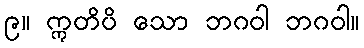
၉။ ဣတိပိ သော ဘဂဝါ ဘဂဝါ။